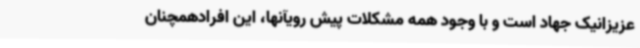
عزیزانیک جهاد است و با وجود همه مشکلات پیش رویآنها، این افرادهمچنان